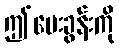
ဤမေးခွန်းကို